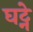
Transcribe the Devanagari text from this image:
घट्ने